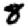
Digit: 8